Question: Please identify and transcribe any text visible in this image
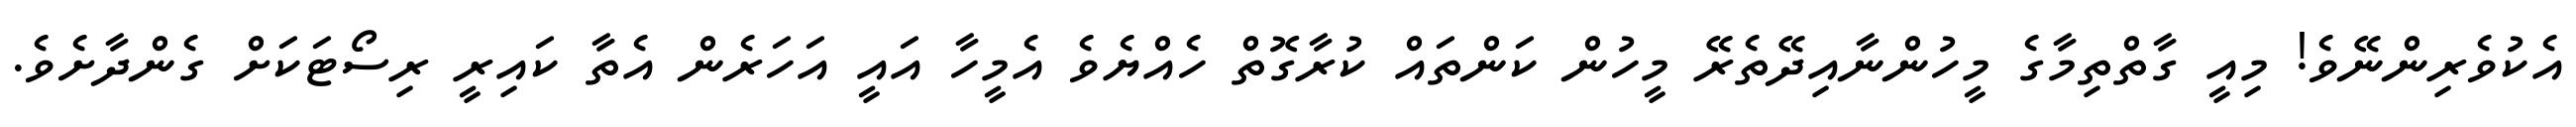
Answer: އެކުވެރިންނޭވެ! މިއީ ގާތްތިމާގެ މީހުންނާއިދޭތެރޭ މީހުން ކަންތައް ކުރާގޮތް ހެއްޔެވެ އެމީހާ އައީ އަހަރެން އެތާ ކައިރީ ރިސޯޓަކަށް ގެންދާށެވެ.